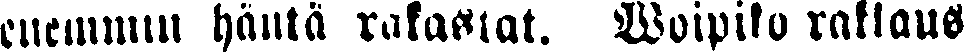
enemmin häntä rakastat. Woipiko rakkaus